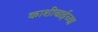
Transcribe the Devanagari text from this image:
काशीबाईच्या